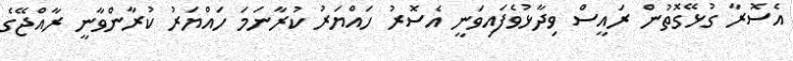
އެސޮރާ ގުޅޭގޮތުން ރައީސް ވިދާޅުވެފައިވަނީ އެސޮރު ހައްޔަރު ކުރާނަމަ ހައްޔަރު ކުރާންވާނީ ރާއްޖޭގެ